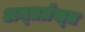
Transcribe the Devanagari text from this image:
अन्‍तर्ग्रस्‍त